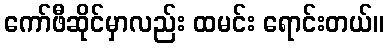
ကော်ဖီဆိုင်မှာလည်း ထမင်း ရောင်းတယ်။